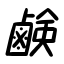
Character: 鹸